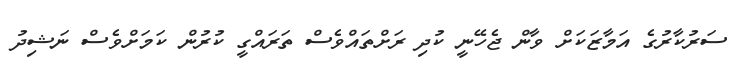
ސަރުކާރުގެ އަމާޒަކަށް ވާން ޖެހޭނީ ކުދި ރަށްތައްވެސް ތަރައްގީ ކުރުން ކަމަށްވެސް ނަޝިދު